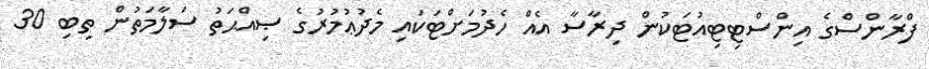
ފްރާންސްގެ އިންސްޓިޓިއުޓަކުން ދިރާސާ އެއް ހެދުމަށްޓަކައި މެދުޢުމުރުގެ ޞިއްޙަތު ސަލާމަތުން ތިބި 30